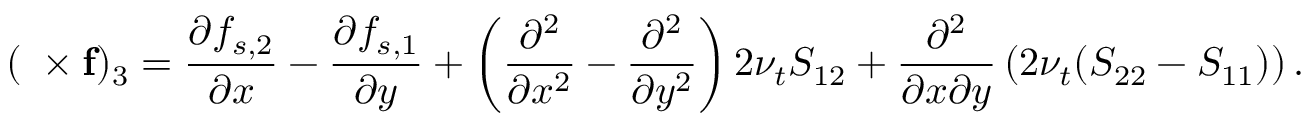
( \mathbf { \nabla \times f } ) _ { 3 } = \frac { \partial f _ { s , 2 } } { \partial x } - \frac { \partial f _ { s , 1 } } { \partial y } + \left( \frac { \partial ^ { 2 } } { \partial x ^ { 2 } } - \frac { \partial ^ { 2 } } { \partial y ^ { 2 } } \right) 2 \nu _ { t } S _ { 1 2 } + \frac { \partial ^ { 2 } } { \partial x \partial y } \left( 2 \nu _ { t } ( S _ { 2 2 } - S _ { 1 1 } ) \right) .